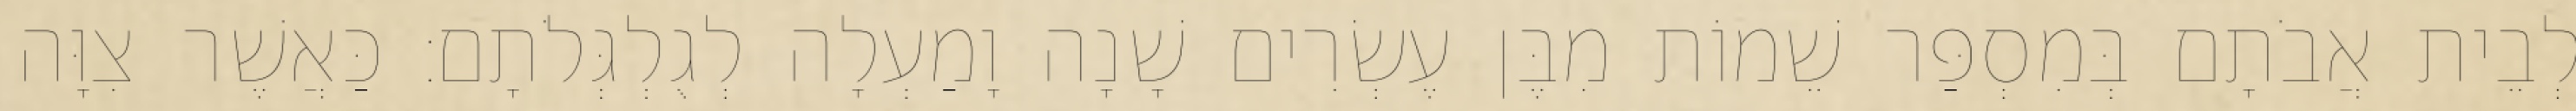
לְבֵית אֲבֹתָם בְּמִסְפַּר שֵׁמוֹת מִבֶּן עֶשְׂרִים שָׁנָה וָמַעְלָה לְגֻלְגְּלֹתָם׃ כַּאֲשֶׁר צִוָּה